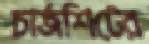
চার্জশিটের